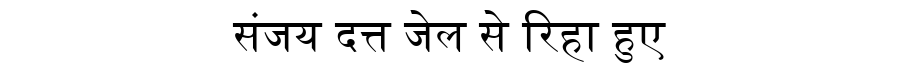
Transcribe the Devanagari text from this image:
संजय दत्त जेल से रिहा हुए